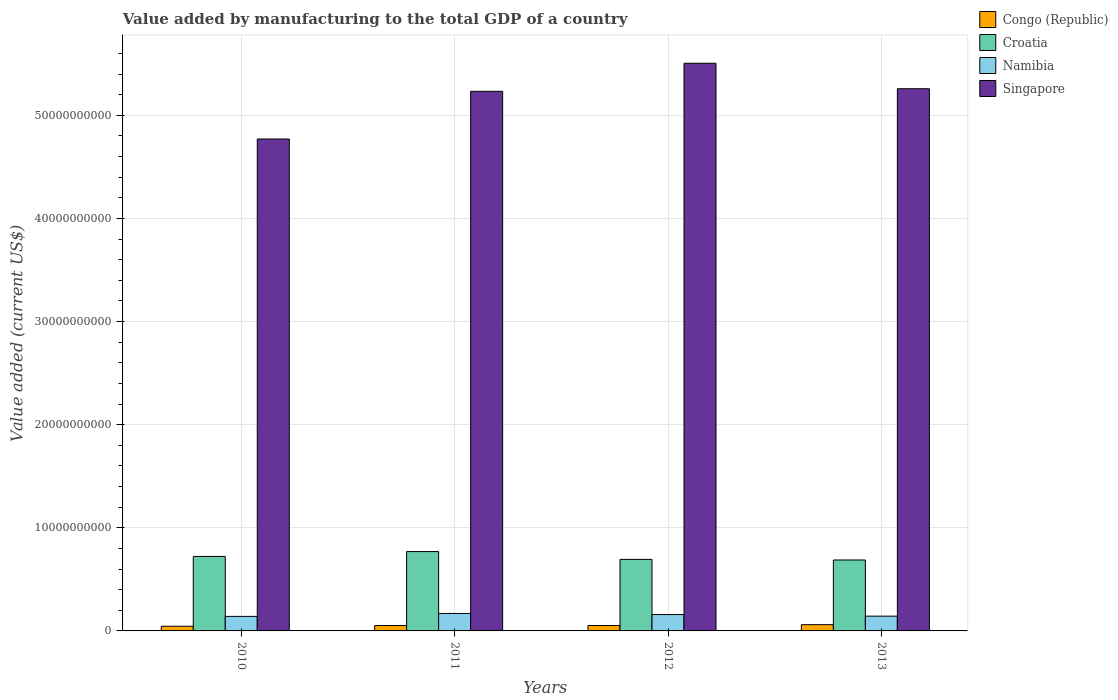
| Years | Congo (Republic) | Croatia | Namibia | Singapore |
 | --- | --- | --- | --- | --- |
 | 2010 | 4.54e+08 | 7.22e+09 | 1.41e+09 | 4.77e+10 |
 | 2011 | 5.24e+08 | 7.69e+09 | 1.69e+09 | 5.23e+10 |
 | 2012 | 5.25e+08 | 6.94e+09 | 1.59e+09 | 5.5e+10 |
 | 2013 | 6.05e+08 | 6.88e+09 | 1.43e+09 | 5.26e+10 |